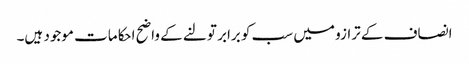
انصاف کے ترازو میں سب کو برابر تولنے کے واضح احکامات موجود ہیں۔